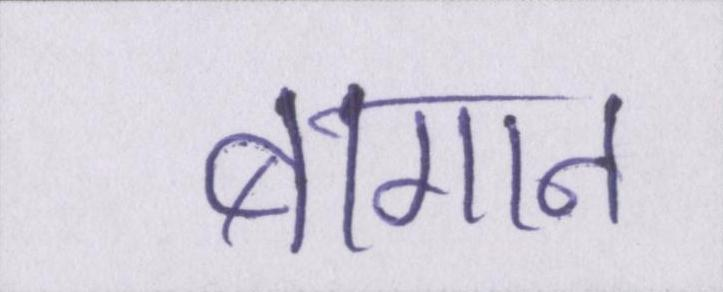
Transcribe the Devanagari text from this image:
बागान